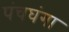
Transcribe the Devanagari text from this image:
पंचघंगा